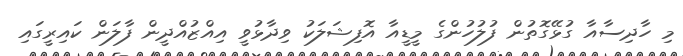
މި ހާދިސާއާ ގުޅޭގޮތުން ފުލުހުންގެ މީޑީއާ އޮފިޝަލަކު ވިދާޅުވީ އިއްޒުއްދީން ފާލަން ކައިރީގައި